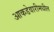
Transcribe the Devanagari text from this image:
आकडेवारीमधील